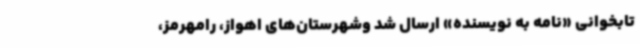
تابخوانی «نامه به نویسنده» ارسال شد وشهرستان‌های اهواز، رامهرمز،